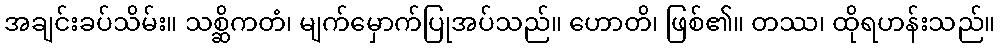
အချင်းခပ်သိမ်း။ သစ္ဆိကတံ၊ မျက်မှောက်ပြုအပ်သည်။ ဟောတိ၊ ဖြစ်၏။ တဿ၊ ထိုရဟန်းသည်။